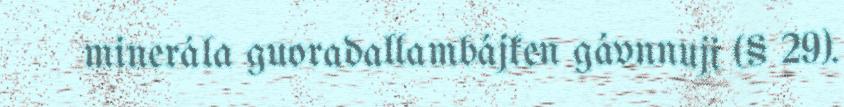
minerála guoradallambájken gávnnuji (§ 29).